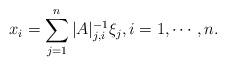
LaTeX: \begin{align*}x_i=\sum_{j=1}^n |A|_{j,i}^{-1}\xi_j, i=1,\cdots, n.\end{align*}